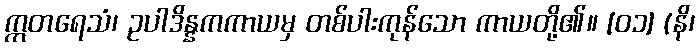
ဣတရေသံ၊ ဥပါဒိန္နကကာယမှ တစ်ပါးကုန်သော ကာယတို့၏။ [၀၁] (နိ၊